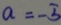
a = - 5